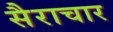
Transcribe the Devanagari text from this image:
सैराचार